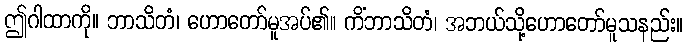
ဤဂါထာကို။ ဘာသိတံ၊ ဟောတော်မူအပ်၏။ ကိံဘာသိတံ၊ အဘယ်သို့ဟောတော်မူသနည်း။